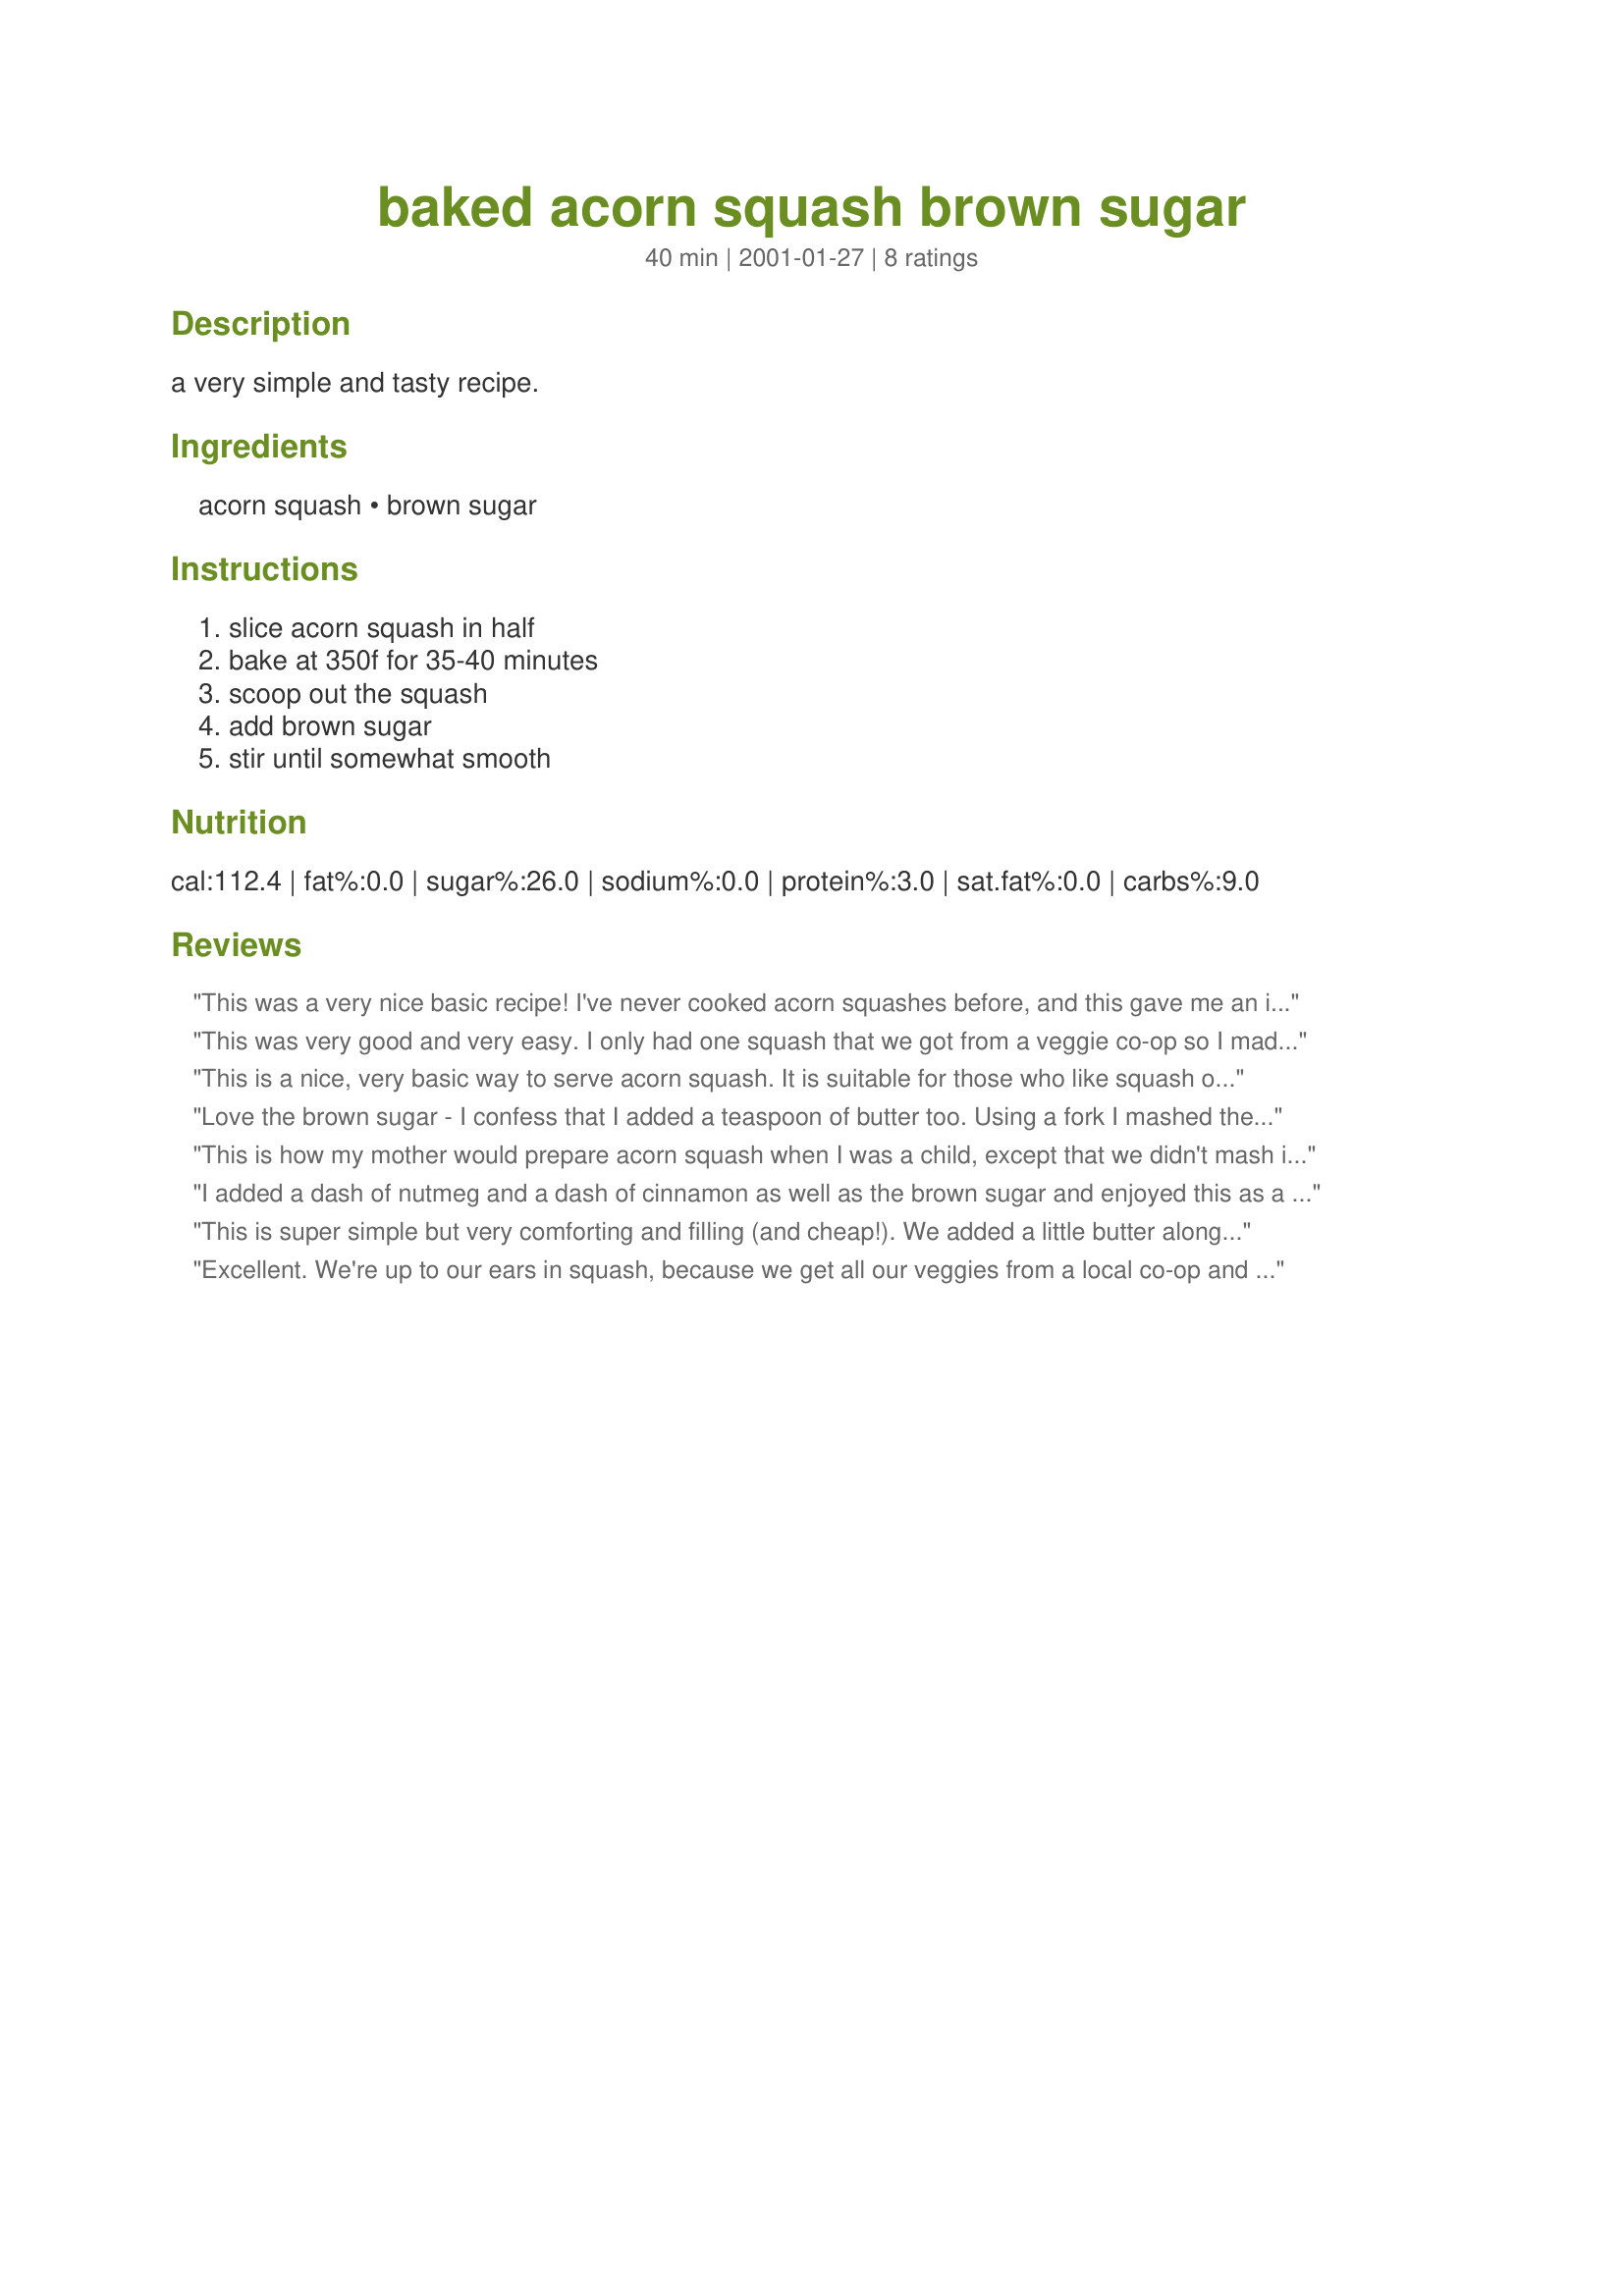
baked acorn squash brown sugar
Preparation time: 40 minutes

a very simple and tasty recipe.

Ingredients:
acorn squash, brown sugar

Steps:
slice acorn squash in half, bake at 350f for 35-40 minutes, scoop out the squash, add brown sugar, stir until somewhat smooth

Reviews:
This was a very nice basic recipe! I've never cooked acorn squashes before, and this gave me an idea what else is possible with this squash -- a great place to start with!
This was very good and very easy. I only had one squash that we got from a veggie co-op so I made it up for lunch instead of dinner (wanted to make sure we liked it before I made a dinner with it). It was wonderful. Even my niece who swears she hates squash of any kind, liked it. Thanks for sharing.
This is a nice, very basic way to serve acorn squash. It is suitable for those who like squash on the sweet side, without complicated flavours.
 i'll post my slightly more involved recipe, but this versions a keeper for kids and others who don't like more seasoning.
Love the brown sugar - I confess that I added a teaspoon of butter too. Using a fork I mashed the squash in the shell. Baked it for 1 hour (it was a bit large). Looked attractive and tasted great- Thanks Sarah for posting
This is how my mother would prepare acorn squash when I was a child, except that we didn't mash it together- so yummy! Now as an adult, I prefer to steam them in the microwave (much faster) then put a little dab of butter inside the well along with the brown sugar and eat it as is.
I added a dash of nutmeg and a dash of cinnamon as well as the brown sugar and enjoyed this as a pseudo dessert. I don't know why I never used to eat squash... it's so yummy. :)
This is super simple but very comforting and filling (and cheap!). We added a little butter along with the brown sugar and ate the squash directly out of the shells. Great, easy recipe.
Excellent. We're up to our ears in squash, because we get all our veggies from a local co-op and squash just reufuses to go out of season. It's nice to find simple but tasty ways to cook it that the kids don't revile.
